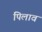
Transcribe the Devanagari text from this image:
पिलाव